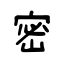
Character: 密